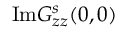
\mathrm { I m } G _ { z z } ^ { s } ( 0 , 0 )